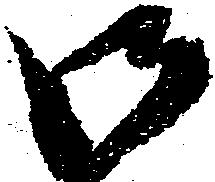
御